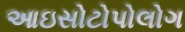
આઇસોટોપોલોગ